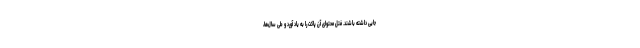
جایی داشته باشند. فتل محتوای آن پاکت‌ را به یاد آورد و طی سال‌ها،